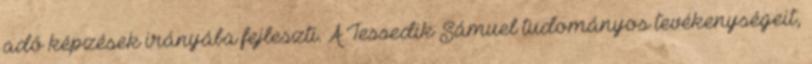
adó képzések irányába fejleszti. A Tessedik Sámuel tudományos tevékenységeit,